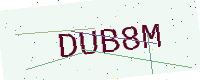
Text: DUB8M